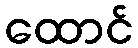
ထောင်